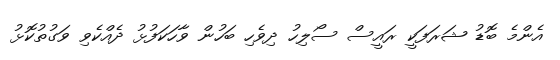
އެންމެ ބޮޑު ޝަރަފަކީ ރައީސް ސޯލިހު ދިވެހި ބަހުން ވާހަކަފުޅު ދެއްކެވި ވަގުތުކޮޅު